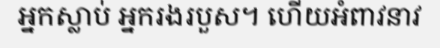
អ្នកស្លាប់ អ្នករងរបួស។ ហើយអំពាវនាវ